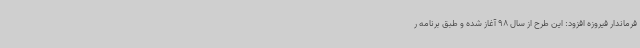
فرماندار فیروزه افزود: این طرح از سال 98 آغاز شده و طبق برنامه‌ ر